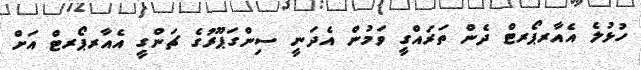
ހުޅުލެ އެެއާރޕޯރޓް ދެން ތަރައްގީ ވަމުން އެދަނީ ސިންގަޕޫރުގެ ޗަންގީ އެއާރޕޯރޓް އަށް